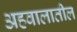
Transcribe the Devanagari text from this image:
अहवालातील